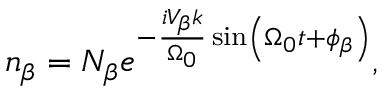
n _ { \beta } = N _ { \beta } e ^ { - \frac { i V _ { \beta } k } { \Omega _ { 0 } } \sin \left( \Omega _ { 0 } t + \phi _ { \beta } \right) } ,